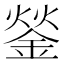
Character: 𨧿